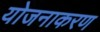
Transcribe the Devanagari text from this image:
योजनाकरण